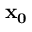
{ \bf { x } _ { 0 } }